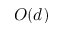
O ( d )